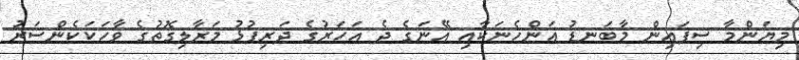
މިޔަންމާ ސިފައިން މާބަނޑު އަންހެނަކާއި އޭނަގެ ދެ އަހަރުގެ ދަރިފުޅު މަރާލިގޮތުގެ ވާހަކަކެންސަރު